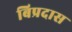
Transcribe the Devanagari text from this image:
बिप्रदास